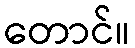
တောင်။